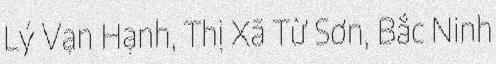
Lý Vạn Hạnh, Thị Xã Từ Sơn, Bắc Ninh